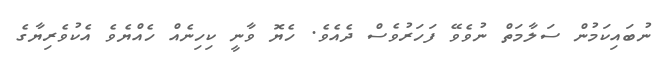
ނުބައިކަމުން ސަލާމަތް ނުވެވޭ ފަހަރުވެސް ދެއެވެ. ހެޔޮ ވާނީ ކިހިނެއް ހެއްޔެވެ އެކުވެރިޔާގެ